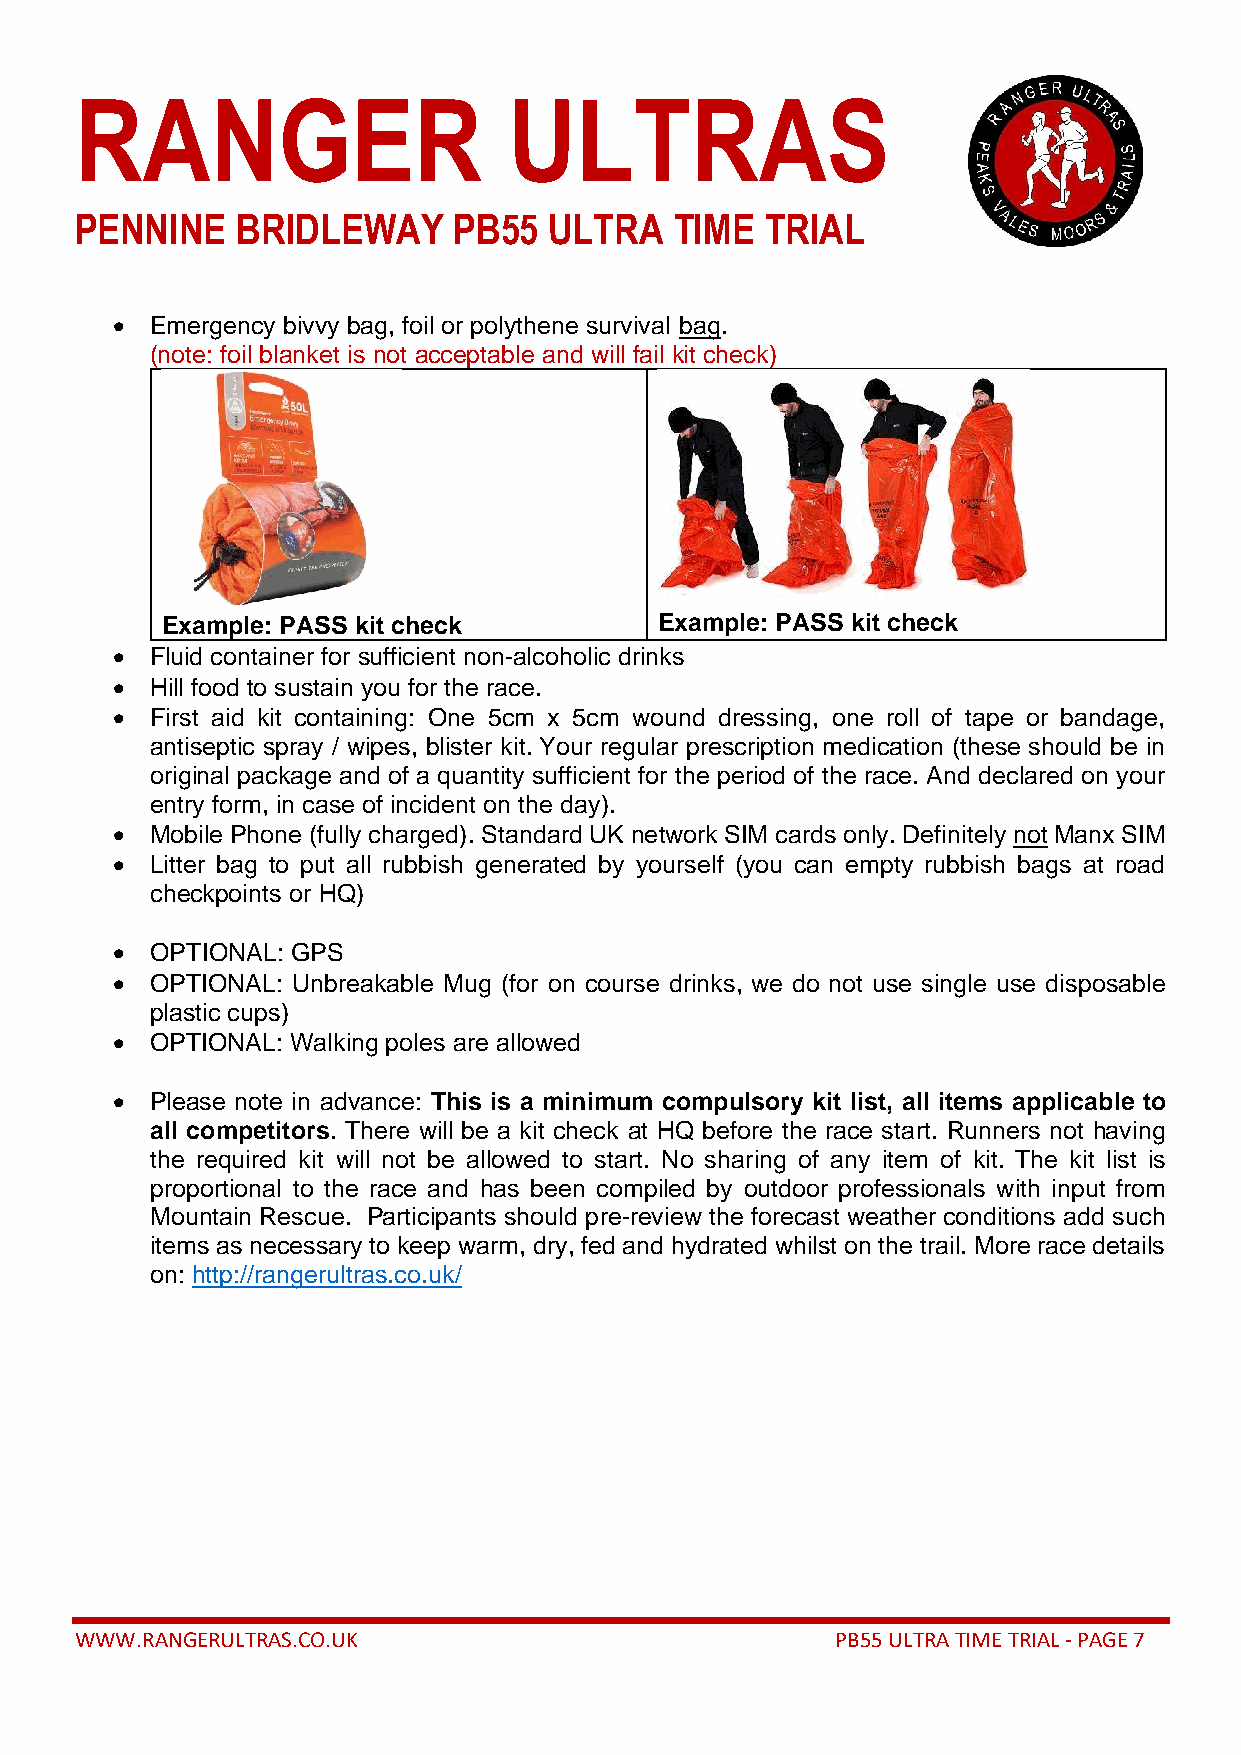
RANGER                       ULTRAS
 PENNINE    BRIDLEWAY     PB55  ULTRA    TIME  TRIAL
 •  Emergency bivvy bag, foil or polythene survival bag.
 (note: foil blanket is not acceptable and will fail kit check)
 Example: PASS kit check          Example: PASS kit check
 •  Fluid container for sufficient non-alcoholic drinks
 •  Hill food to sustain you for the race.
 •  First aid kit containing: One 5cm x 5cm wound dressing, one roll of tape or bandage,
 antiseptic spray / wipes, blister kit. Your regular prescription medication (these should be in
 original package and of a quantity sufficient for the period of the race. And declared on your
 entry form, in case of incident on the day).
 •  Mobile Phone (fully charged). Standard UK network SIM cards only. Definitely not Manx SIM
 •  Litter bag to put all rubbish generated by yourself (you can empty rubbish bags at road
 checkpoints or HQ)
 •  OPTIONAL: GPS
 •  OPTIONAL: Unbreakable Mug (for on course drinks, we do not use single use disposable
 plastic cups)
 •  OPTIONAL: Walking poles are allowed
 •  Please note in advance: This is a minimum compulsory kit list, all items applicable to
 all competitors. There will be a kit check at HQ before the race start. Runners not having
 the required kit will not be allowed to start. No sharing of any item of kit. The kit list is
 proportional to the race and has been compiled by outdoor professionals with input from
 Mountain Rescue. Participants should pre-review the forecast weather conditions add such
 items as necessary to keep warm, dry, fed and hydrated whilst on the trail. More race details
 on: http://rangerultras.co.uk/
 WWW.RANGERULTRAS.CO.UK                            PB55 ULTRA TIME TRIAL - PAGE 7